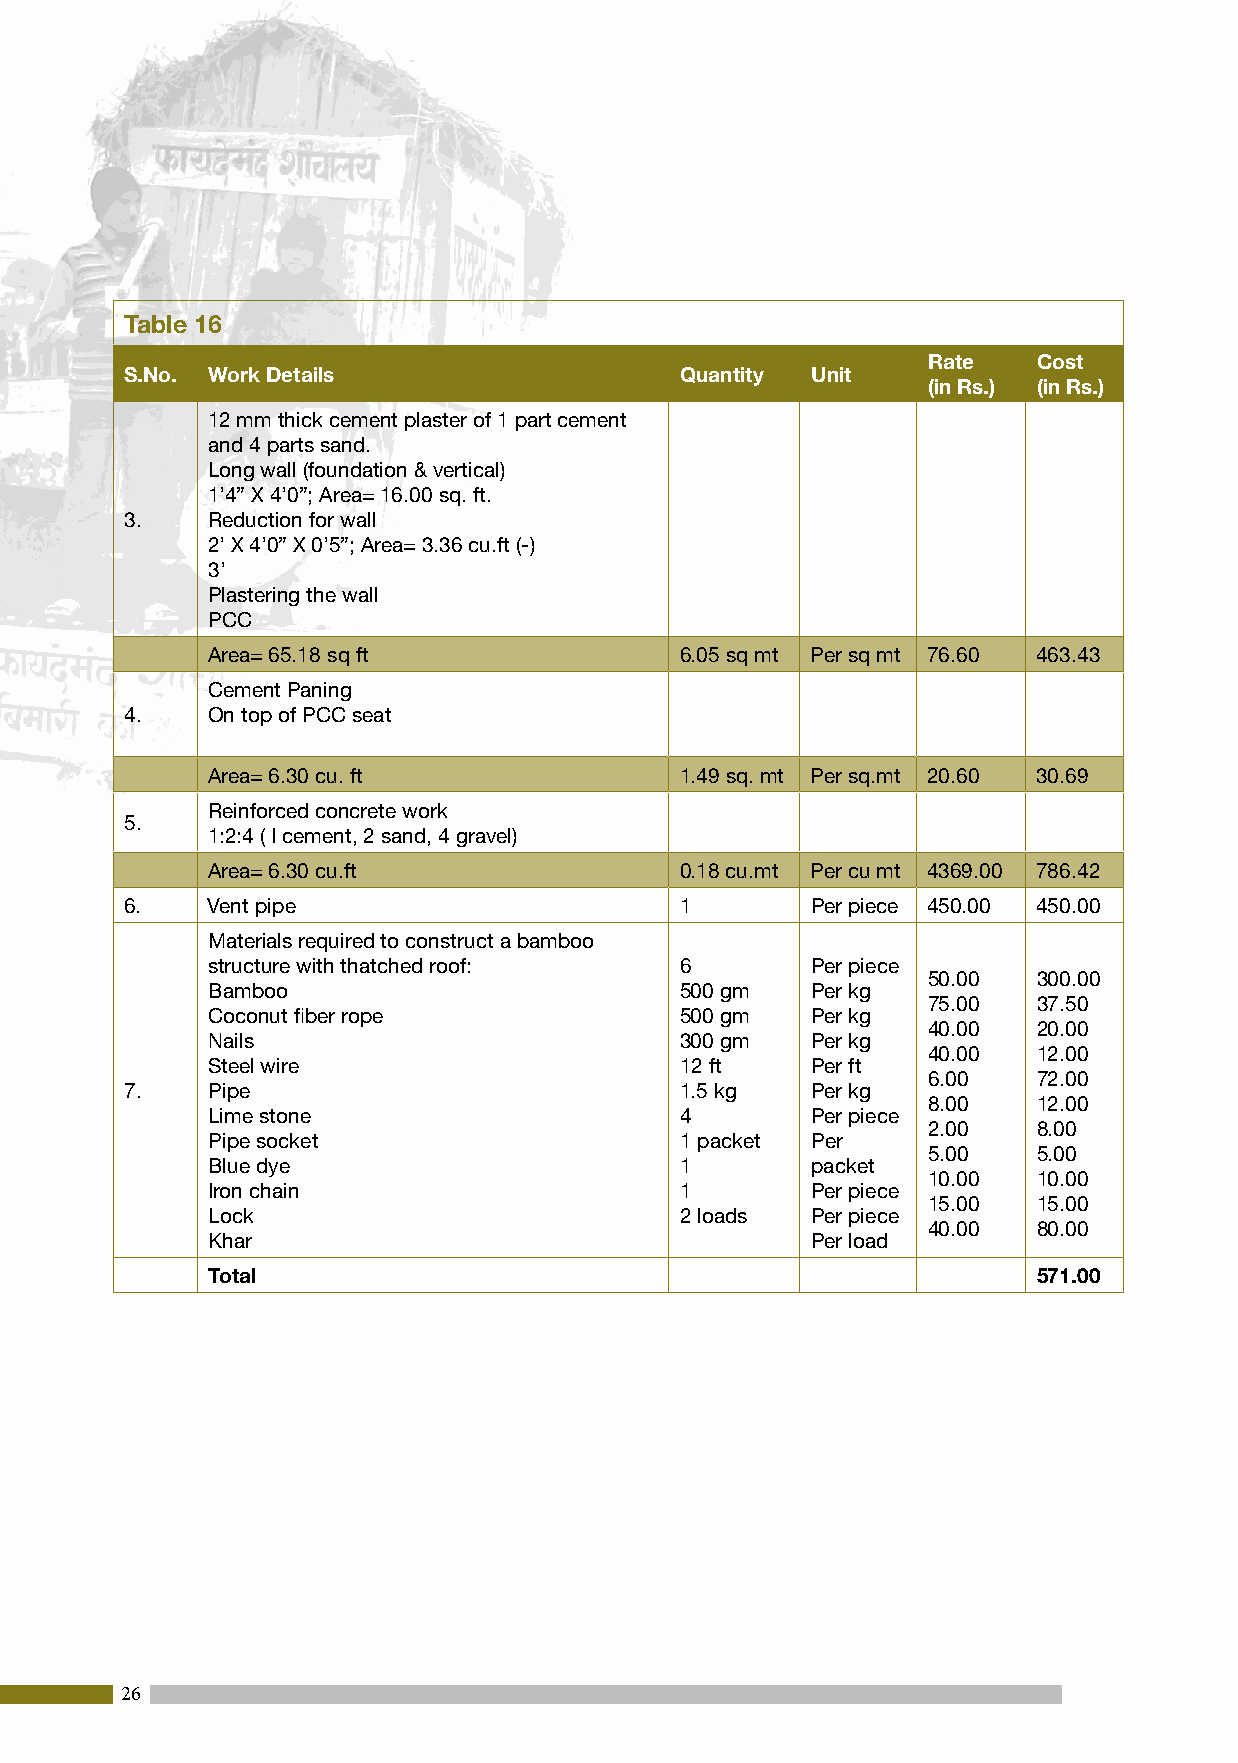
Table 16
 Rate    Cost
 S.No. Work Details                   Quantity Unit
 (in Rs.) (in Rs.)
 12 mm thick cement plaster of 1 part cement
 and 4 parts sand.
 Long wall (foundation & vertical)
 1’4” X 4’0”; Area= 16.00 sq. ft.
 3.    Reduction for wall
 2’ X 4’0” X 0’5”; Area= 3.36 cu.ft (-)
 3’
 Plastering the wall
 PCC
 Area= 65.18 sq ft              6.05 sq mt Per sq mt 76.60 463.43
 Cement Paning
 4.    On top of PCC seat
 Area= 6.30 cu. ft              1.49 sq. mt Per sq.mt 20.60 30.69
 Reinforced concrete work
 5.
 1:2:4 ( I cement, 2 sand, 4 gravel)
 Area= 6.30 cu.ft               0.18 cu.mt Per cu mt 4369.00 786.42
 6.    Vent pipe                      1        Per piece 450.00 450.00
 Materials required to construct a bamboo
 structure with thatched roof:  6        Per piece
 50.00   300.00
 Bamboo                         500 gm   Per kg
 75.00   37.50
 Coconut fiber rope             500 gm   Per kg
 40.00   20.00
 Nails                          300 gm   Per kg
 40.00   12.00
 Steel wire                     12 ft    Per ft
 6.00    72.00
 7.    Pipe                           1.5 kg   Per kg
 8.00    12.00
 Lime stone                     4        Per piece
 2.00    8.00
 Pipe socket                    1 packet Per
 5.00    5.00
 Blue dye                       1        packet
 10.00   10.00
 Iron chain                     1        Per piece
 15.00   15.00
 Lock                           2 loads  Per piece
 40.00   80.00
 Khar                                    Per load
 Total                                                  571.00
 26